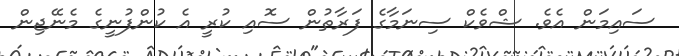
ސައިމަން އެވެ. ޝްވެކް ސިނަމާގެ ފަރާތުން ސޮއި ކުރީ އެ ކުންފުނީގެ މެނޭޖިން